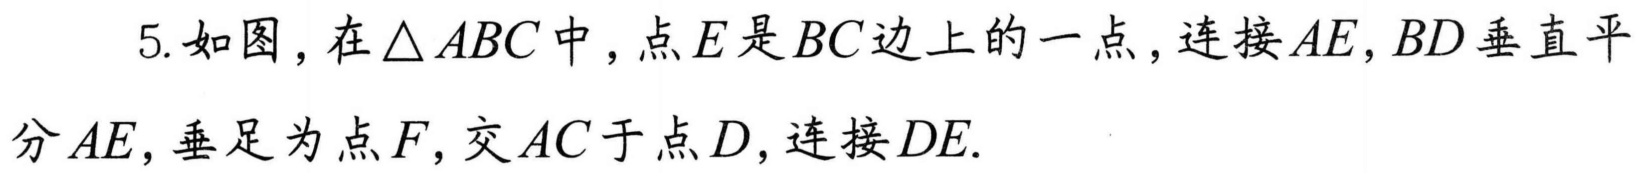
5. 如图，在\(\triangle ABC\)中，点\(E\)是\(BC\)边上的一点，连接\(AE\)，\(BD\)垂直平
分\(AE\)，垂足为点\(F\)，交\(AC\)于点\(D\)，连接\(DE\).